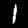
Digit: 1